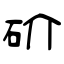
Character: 砎